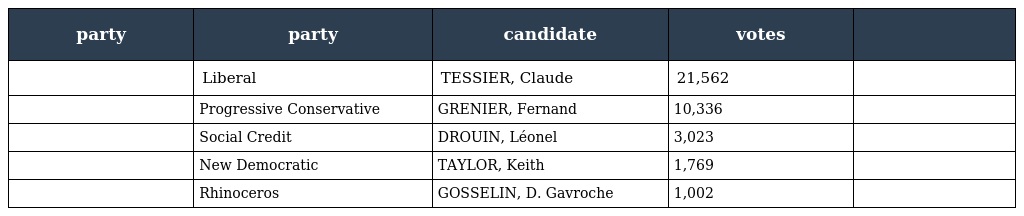
| party | party | candidate | votes |  |
 | --- | --- | --- | --- | --- |
 |  | Liberal | TESSIER, Claude | 21,562 |  |
 |  | Progressive Conservative | GRENIER, Fernand | 10,336 |  |
 |  | Social Credit | DROUIN, Léonel | 3,023 |  |
 |  | New Democratic | TAYLOR, Keith | 1,769 |  |
 |  | Rhinoceros | GOSSELIN, D. Gavroche | 1,002 |  |